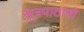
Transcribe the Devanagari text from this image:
सूत्रपाठाची